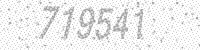
Solution: 719541